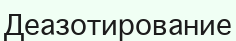
Деазотирование